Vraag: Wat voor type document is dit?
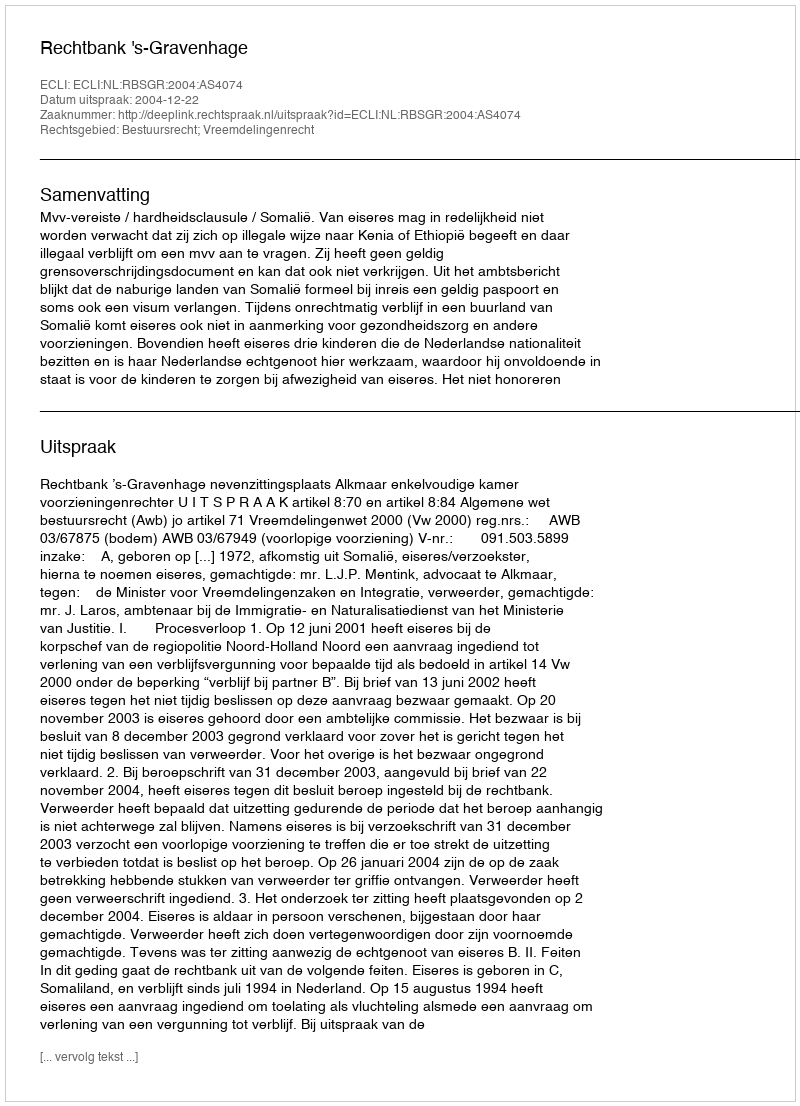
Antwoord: Uitspraak